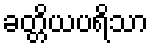
ခတ္တိယပရိသာ